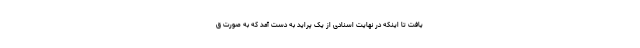
یافت تا اینکه در نهایت اسنادی از یک پراید به دست آمد که به صورت ق